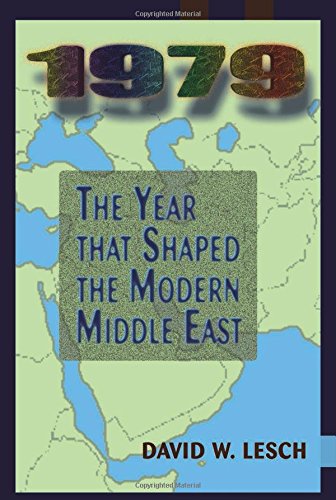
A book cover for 1979: The Year That Shaped The Modern Middle East; David W. Lesch; Science & Math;